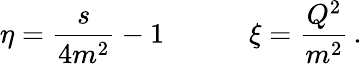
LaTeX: \eta=\frac{s}{4m^{2}}-1\quad\qquad\xi=\frac{Q^{2}}{m^{2}}\, .